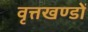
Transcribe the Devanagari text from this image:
वृत्तखण्डों